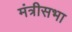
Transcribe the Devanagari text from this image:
मंत्रीसभा